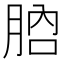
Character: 𦛚